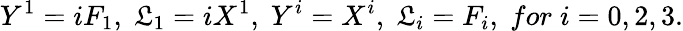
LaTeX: Y^{1}=iF_{1},\; \mathfrak{L}_{1}=iX^{1},\; Y^{i}=X^{i},\; \mathfrak{L}_{i}=F_{i},\; for\; i=0,2,3.